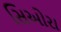
સિઓરા